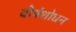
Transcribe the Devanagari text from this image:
वीर्यशोधन